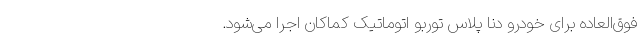
فوق‌العاده برای خودرو دنا پلاس توربو اتوماتیک کماکان اجرا می‌شود.